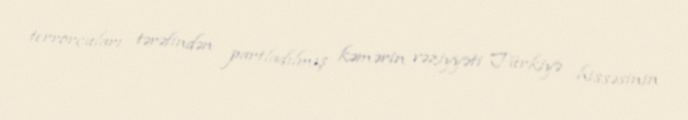
terrorçuları tərəfindən partladılmış kəmərin vəziyyəti Türkiyə hissəsinin